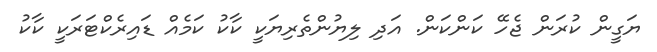
ޔަގީން ކުރަން ޖެހޭ ކަންކަން. އަދި ލިޔުންތެރިޔަކީ ކާކު ކަމެއް ޑައިރެކްޓަރަކީ ކާކު